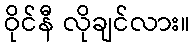
ဝိုင်နီ လိုချင်လား။